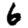
Digit: 6